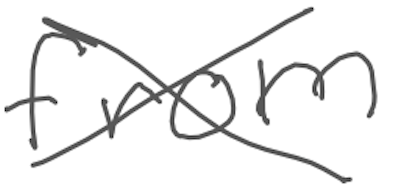
Text: from
Cross-out: mix
Writing tool: digital_gray